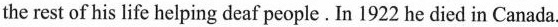
the rest of his life helping deaf people. In 1922 he died in Canada.